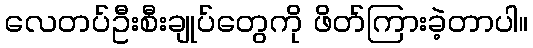
လေတပ်ဦးစီးချုပ်တွေကို ဖိတ်ကြားခဲ့တာပါ။